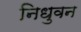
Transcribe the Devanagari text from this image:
निधुवन